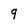
Character: q